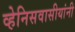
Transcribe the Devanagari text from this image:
व्हेनिसवासीयांनी